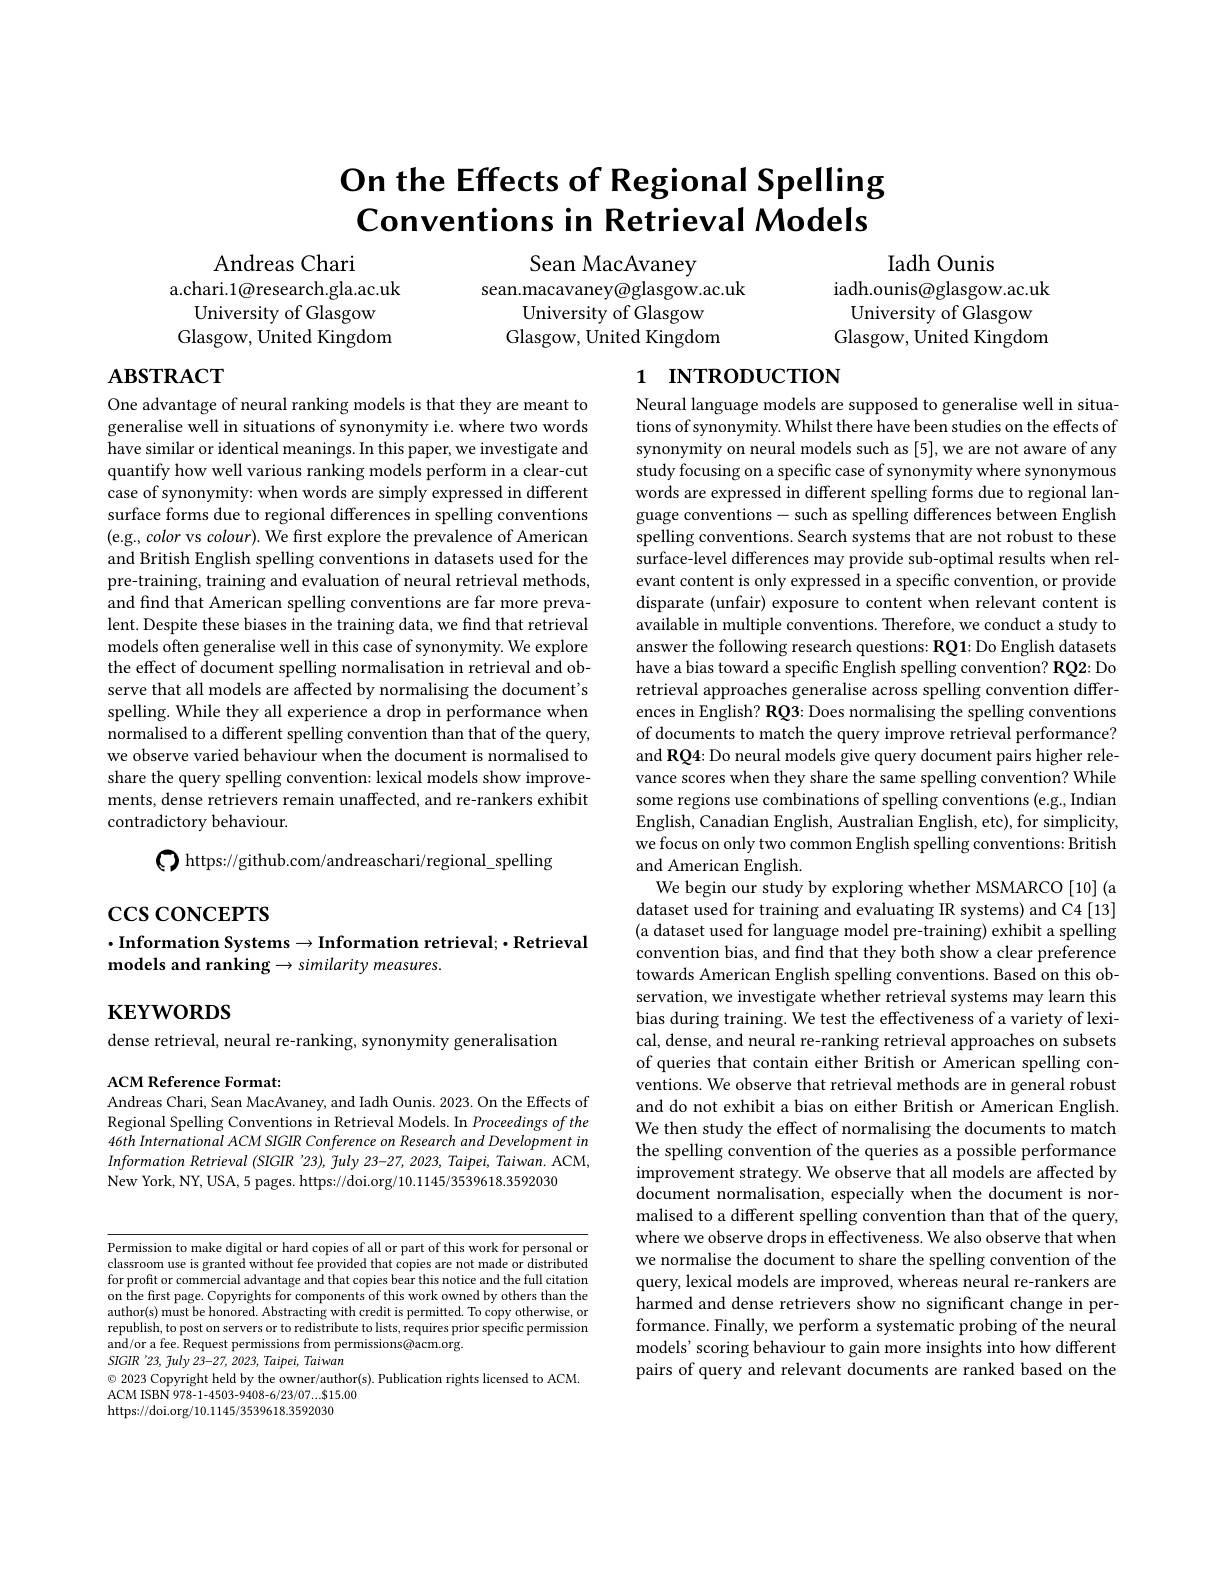
# On the Effects of Regional Spelling Conventions in Retrieval Models

Andreas Chari
a.chari.1@research.gla.ac.uk
University of Glasgow
Glasgow, United Kingdom

Sean MacAvaney
sean.macavaney@glasgow.ac.uk
University of Glasgow Glasgow, United Kingdom

Iadh Ounis
iadh.ounis@glasgow.ac.uk
University of Glasgow Glasgow, United Kingdom

## $\mathbf{ABSTRACT}$

# 1 INTRODUCTION

One advantage of neural ranking models is that they are meant to generalise well in situations of synonymity i.e. where two words have similar or identical meanings. In this paper, we investigate and quantify how well various ranking models perform in a clear-cut case of synonymity: when words are simply expressed in different surface forms due to regional differences in spelling conventions (e.g., color vs colour). We first explore the prevalence of American and British English spelling conventions in datasets used for the pre-training, training and evaluation of neural retrieval methods, and find that American spelling conventions are far more prevalent. Despite these biases in the training data, we find that retrieval models often generalise well in this case of synonymity. We explore the effect of document spelling normalisation in retrieval and observe that all models are affected by normalising the document's spelling. While they all experience a drop in performance when normalised to a different spelling convention than that of the query, we observe varied behaviour when the document is normalised to share the query spelling convention: lexical models show improvements, dense retrievers remain unaffected, and re-rankers exhibit contradictory behaviour.

$\textcircled{\mathrm{()}}$ https://github.com/andreaschari/regional\_spelling

Neural language models are supposed to generalise well in situations of synonymity. Whilst there have been studies on the effects of synonymity on neural models such as [5], we are not aware of any study focusing on a specific case of synonymity where synonymous words are expressed in different spelling forms due to regional language conventions- such as spelling differences between English spelling conventions. Search systems that are not robust to these surface-level differences may provide sub-optimal results when relevant content is only expressed in a specific convention, or provide disparate (unfair) exposure to content when relevant content is available in multiple conventions. Therefore, we conduct a study to answer the following research questions: RQ1: Do English datasets have a bias toward a specific English spelling convention? RQ2: Do retrieval approaches generalise across spelling convention differences in English? RQ3: Does normalising the spelling conventions of documents to match the query improve retrieval performance? and RQ4: Do neural models give query document pairs higher relevance scores when they share the same spelling convention? While some regions use combinations of spelling conventions (e.g., Indian English, Canadian English, Australian English, etc), for simplicity, we focus on only two common English spelling conventions: British and American English
We begin our study by exploring whether MSMARCO [10] (a dataset used for training and evaluating IR systems) and C4 [13] (a dataset used for language model pre-training) exhibit a spelling convention bias, and find that they both show a clear preference towards American English spelling conventions. Based on this observation, we investigate whether retrieval systems may learn this bias during training. We test the effectiveness of a variety of lexical, dense, and neural re-ranking retrieval approaches on subsets of queries that contain either British or American spelling conventions. We observe that retrieval methods are in general robust and do not exhibit a bias on either British or American English. We then study the effect of normalising the documents to match the spelling convention of the queries as a possible performance improvement strategy. We observe that all models are affected by document normalisation, especially when the document is normalised to a different spelling convention than that of the query, where we observe drops in effectiveness. We also observe that when we normalise the document to share the spelling convention of the query, lexical models are improved, whereas neural re-rankers are harmed and dense retrievers show no significant change in performance. Finally, we perform a systematic probing of the neural models' scoring behaviour to gain more insights into how different pairs of query and relevant documents are ranked based on the

# $\csc$coNCEPTS
$\cdot$Information Systems$\to$Information retrieval;$\cdot$Retrieval
models and ranking $\to similarity$ measures.

$\mathbf{KEYWORDS}$

dense retrieval, neural re-ranking, synonymity generalisation
ACM Reference Format:

Andreas Chari, Sean MacAvaney, and Iadh Ounis. 2023. On the Effects of

Regional Spelling Conventions in Retrieval Models. In Proceedings of the 46th International ACM SIGIR Conference on Research and Development in Information Retrieval (SIGIR '23), July 23-27, 2023, Taipei, Taiwan. ACM, New York, NY, USA, 5 pages. https://doi.org/10.1145/3539618.3592030

Permission to make digital or hard copies of all or part of this work for personal or classroom use is granted without fee provided that copies are not made or distributed for profit or commercial advantage and that copies bear this notice and the full citation on the first page. Copyrights for components of this work owned by others than the author(s) must be honored. Abstracting with credit is permitted. To copy otherwise, or republish, to post on servers or to redistribute to lists, requires prior specific permission and/ or a fee. Request permissions from permissions@ acm. org. arom ton
SIGIR '23, fuly 23-27, 2023, Taipei, Taiwan
$\textcircled{\circ}$ 2023 Copyright held by the owner/author(s). Publication rights licensed to ACM.
ACM ISBN 978-1-4503-9408-6/23/07....815.00
https://doi.org/10.1145/3539618.3592030